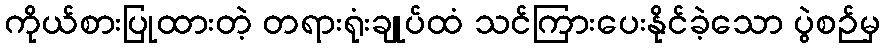
ကိုယ်စားပြုထားတဲ့ တရားရုံးချုပ်ထံ သင်ကြားပေးနိုင်ခဲ့သော ပွဲစဉ်မှ